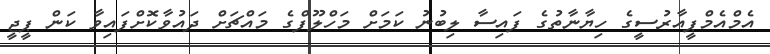
އެމްއެމްޕީއާރުސީގެ ހިޔާނާތުގެ ފައިސާ ލިބުނު ކަމަށް މަހްލޫފްގެ މައްޗަށް ދައުވާކޮށްފައިވާ ކަން ޕީޖީ